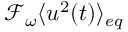
\mathcal { F } _ { \omega } \langle u ^ { 2 } ( t ) \rangle _ { e q }